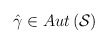
\begin{align*}\hat{\gamma }\in Aut\left( \mathcal{S}\right)\end{align*}